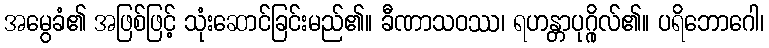
အမွေခံ၏ အဖြစ်ဖြင့် သုံးဆောင်ခြင်းမည်၏။ ခီဏာသဝဿ၊ ရဟန္တာပုဂ္ဂိုလ်၏။ ပရိဘောဂေါ၊